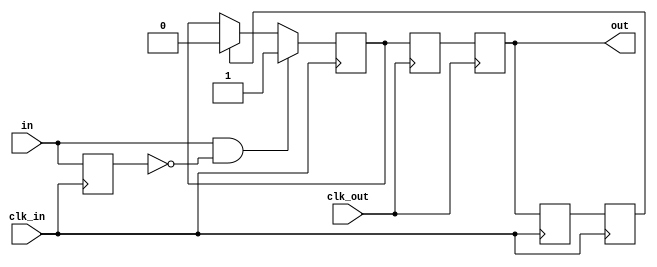
module oneshot_2clk
  (input clk_in,
   input in,
   input clk_out,
   output reg out);
   reg 	  del_in = 0;
   reg 	  sendit = 0, gotit = 0;
   reg 	  sendit_d = 0, gotit_d = 0;
   always @(posedge clk_in) del_in <= in;
   always @(posedge clk_in)
     if(in & ~del_in)  
       sendit <= 1;
     else if(gotit)
       sendit <= 0;
   always @(posedge clk_out) sendit_d <= sendit;
   always @(posedge clk_out) out <= sendit_d;
   always @(posedge clk_in) gotit_d <= out;
   always @(posedge clk_in) gotit <= gotit_d;
endmodule